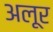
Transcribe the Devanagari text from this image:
अलूर